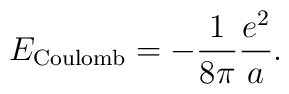
E_{\rm Coulomb}=-{1\over8\pi}{e^2\over a}.